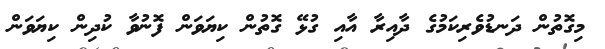
މިގޮތުން ދަނޑުވެރިކަމުގެ ދާއިރާ އާއި ގުޅޭ ގޮތުން ކިޔަވަން ފޮނުވާ ކުދިން ކިޔަވަން